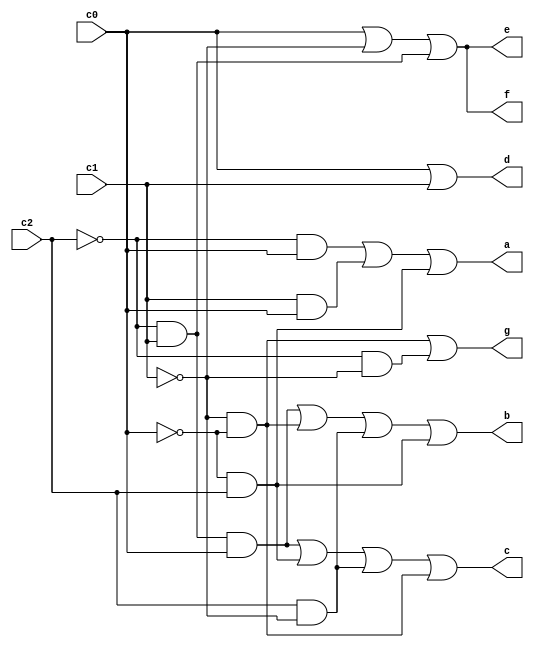
`timescale 1ns / 1ps
//////////////////////////////////////////////////////////////////////////////////
// Company: 
// Engineer: 
// 
// Design Name: 
// Module Name:    Custom7decoder 
// Project Name: 
// Target Devices: 
// Tool versions: 
// Description: 
//
// Dependencies: 
//
// Revision: 
// Revision 0.01 - File Created
// Additional Comments: 
//
//////////////////////////////////////////////////////////////////////////////////
module Custom7decoder(
    input c0,
    input c1,
    input c2,
    output a,
    output b,
    output c,
    output d,
    output e,
    output f,
    output g
    );
	 
	 assign a=(((!c2)&c0)|(c1&c0)|(c2&!c0)) , b=((!c2&c1&c0)|(!c1&!c0)|(c2&!c1)|(!c0&c2)) , c=((!c2&c1&c0)|(c2&!c0)|(c2&!c1)|(!c1&!c0))
			,	d=(c0|c1) ,e=(c0|(!c1)| (!c2&c1)) , f=(c0|(!c1)| (!c2&c1)) , g= (((!c1)&(!c0)) | ((!c2)&(!c1)));

endmodule